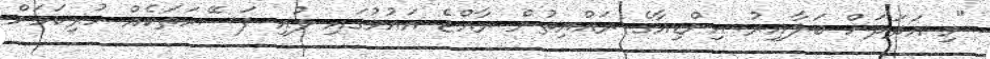
"މި އަދަދަށް ބަލާއިރު އިންޑިއާގެ ރައްޔިތުން ރާއްޖެ އައުމުގައި ލުއި ފަސޭހަތަކެއް ހުރިކަމަށް